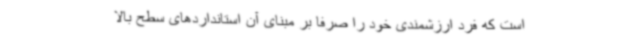
است که فرد ارزشمندی خود را صرفا بر مبنای آن استانداردهای سطح بالا